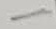
Text: -